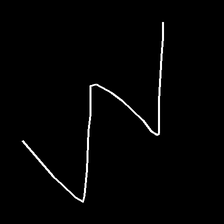
Glyph: crush